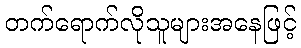
တက်ရောက်လိုသူများအနေဖြင့်